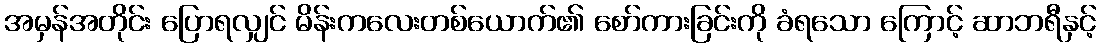
အမှန်အတိုင်း ပြောရလျှင် မိန်းကလေးတစ်ယောက်၏ စော်ကားခြင်းကို ခံရသော ကြောင့် ဆာဘရီနှင့်